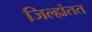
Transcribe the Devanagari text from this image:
जिल्ह्यंतत